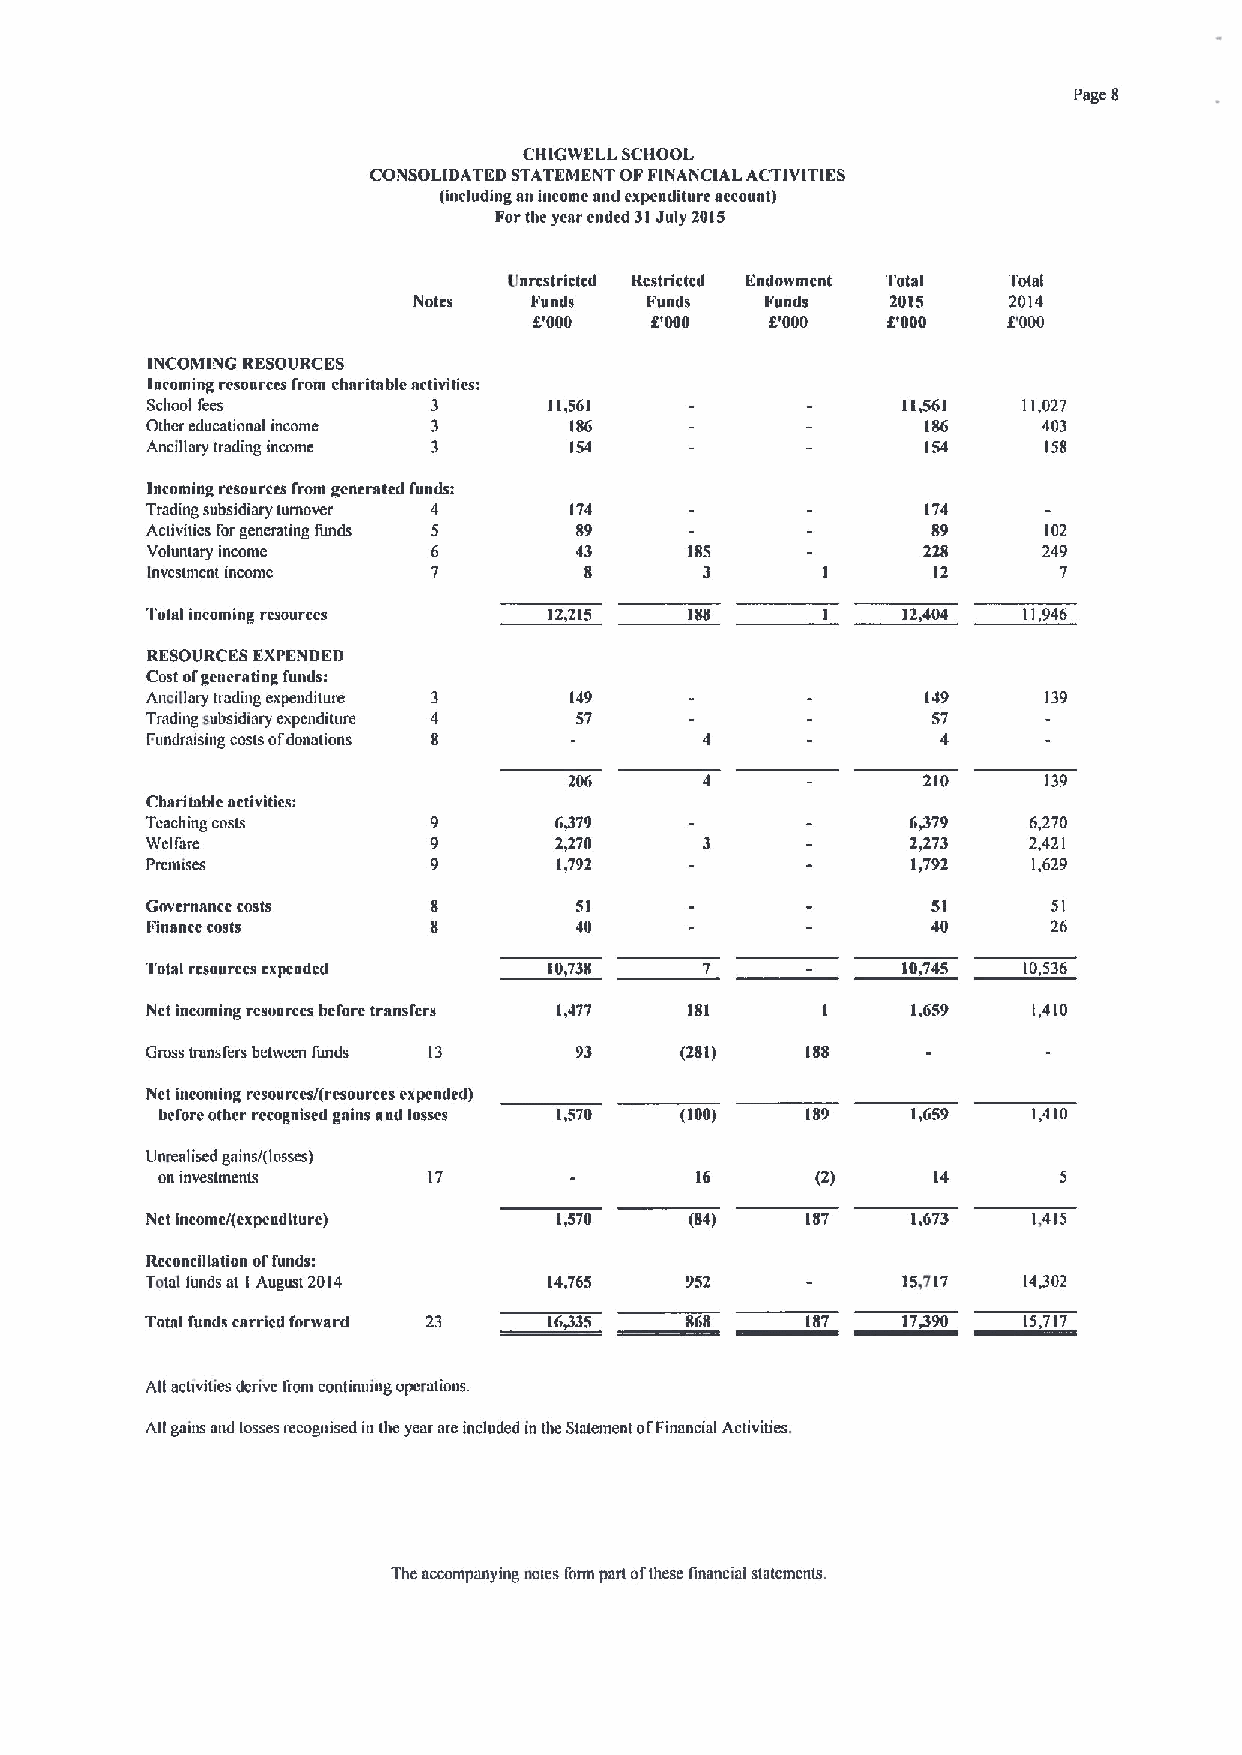
Page 8
 CHICWELL SCHOOL
 CONSOLIDATED STATEMENT OFFINANCIAL ACTIVITIES
 (including an income and expenditure account)
 Forthe yeAr ended 31July 2015
 Unrcstrictcd Rcstrictcd Endowment Total Total
 Notes   Funds   Funds   Funds   2015    2014
 COO II  DOOO    8'000   DOOO    f.'000
 INCOMINC RESOURCES
 Incoming resources from charitable activitiest
 School fees        3      I1,561                  11,561  11,027
 Other educational income 3  186                    186     403
 Ancillary trading income 3  154                    154     158
 Incoming resources from generated funds:
 Trading subsidiary turnover 4 174                  174
 Activities forgenerating funds 5 89                 $9     102
 Voluntary income   6        43      1$5            228     249
 lnvcstmcnt income  7         8       3      I       12      7
 Total incoming resources  12,215    188           12,404  11,946
 RESOURCES EXPENDED
 Cost ofgenerating funds:
 Anmlloty trading expenditure 149                   149     139
 Trading subsidiary expenditure 57                   57
 Fundraising costs ofdonations                       4
 20(i                   210     139
 Charitnblc activities:
 Teoching costs             6379                   6,379   6,270
 Wetfare                    2,270                  2,273   2,421
 Prmnises                   1,792                  1,792   1,629
 Cnvcrnancc costs            51                      51      51
 Finance costs               40                      40      26
 Total rcsnurees cxpcndcd  10,738     7            10,745  10,536
 Nct incoming rcsnurees before transfers 1,477 ISI 1,659   1,410
 Cross transfers between funds 13 93 (281)  Igg
 Nct incoming rcsourccs/(resources cxpcnded)
 before other recognised gains nnd losses 1,570 (100) 189 I,G59 1,410
 Unrealised gains/(losses)
 on inveslmenms    17                16      (2)     14
 Nct income/(cxpcnditurc)   1,570    (84)   1$7    I,G73   1,415
 Reconciliation offunds:
 Total funds at I August 2014 14,765 952           15,'717 14,302
 Total funds carried forward 23 16335 868   187    17390   15717
 All activities dcrivc I'rom continuing operations.
 All gains and losses recoyiised in tbe year are included in the Staiement ol'Financial Activities.
 The accompanying notes Ibnn pari ofthese linancial statements